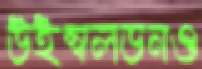
উইম্বলডনও